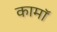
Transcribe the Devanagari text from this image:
कामॉ